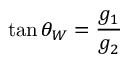
\tan \theta _ { W } = { \frac { g _ { 1 } } { g _ { 2 } } }